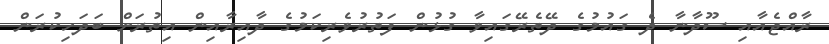
ރާއްޖެއާއި ސޫދާނާ ދެ ގައުމުގެ ދޭތެރޭގައިވާ ގުޅުން ފަތުރުވެރިކަމުގެ ދާއިރާއިން އިތުރަށް ބަދަހިކުރަން